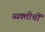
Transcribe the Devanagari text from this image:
व्यक्तीचीं